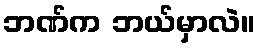
ဘဏ်က ဘယ်မှာလဲ။